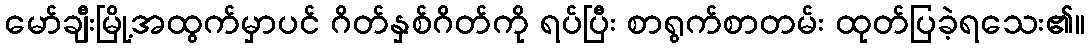
မော်ချီးမြို့အထွက်မှာပင် ဂိတ်နှစ်ဂိတ်ကို ရပ်ပြီး စာရွက်စာတမ်း ထုတ်ပြခဲ့ရသေး၏။